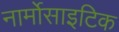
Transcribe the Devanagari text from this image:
नार्मोसाइटिक